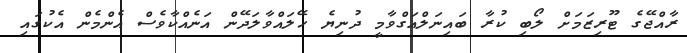
ރާއްޖޭގެ ޓޫރިޒަމަށް ލޯބި ކުރާ ބައިނަލްއަގްވާމީ ދުނިޔެ ހޭލައްވާލަދޭން އަނެއްކާވެސް އެންމެން އެކުގައި